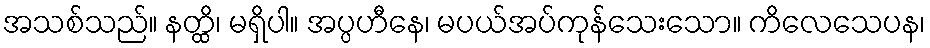
အသစ်သည်။ နတ္ထိ၊ မရှိပါ။ အပ္ပဟီနေ၊ မပယ်အပ်ကုန်သေးသော။ ကိလေသေပန၊